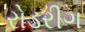
રોડરીગ